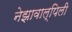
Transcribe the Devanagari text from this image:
नेझावाल्पिली